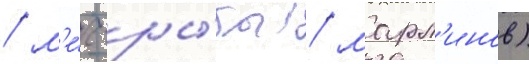
/ м'е́ч-ры́бы / марл'инов)